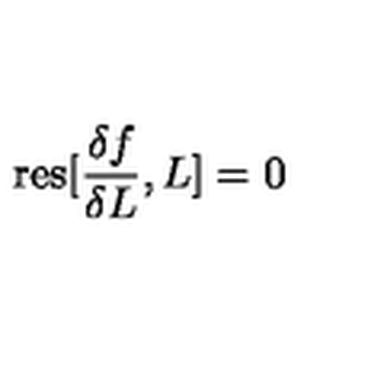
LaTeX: \mathrm { r e s } [ \frac { \delta f } { \delta L } , L ] = 0